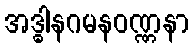
အဒ္ဓါနဂမနဝဏ္ဏနာ